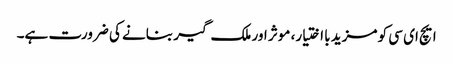
ایچ ای سی کو مزید با اختیار، موثر اور ملک گیر بنانے کی ضرورت ہے۔